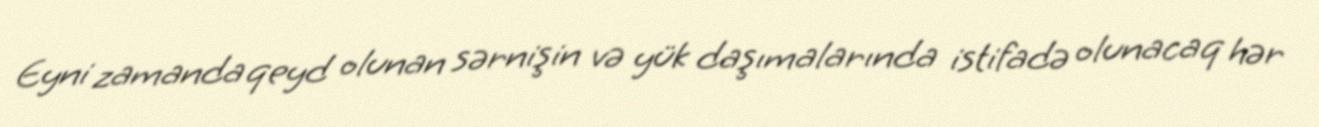
Eyni zamanda qeyd olunan sərnişin və yük daşımalarında istifadə olunacaq hər